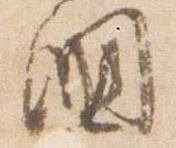
国